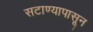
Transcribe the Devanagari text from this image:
सटाण्यापासून